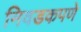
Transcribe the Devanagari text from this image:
निवडकपणे